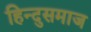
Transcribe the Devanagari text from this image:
हिन्दुसमाज